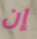
إن